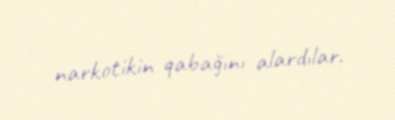
narkotikin qabağını alardılar.